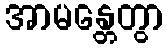
အာမန္တေတွာ